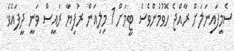
ސެމީފައިނަލަށް ރާއްޖެ ހޮވުމުންވެސް ޓީމަށް 1 މިލިއަން ރުފިޔާ ރައީސް ވަނީ ދީފައެވެ.